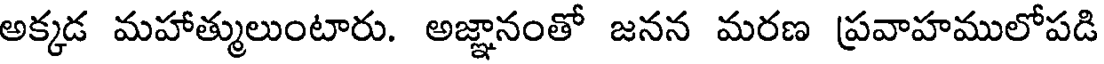
అక్కడ మహాత్ములుంటారు. అజ్ఞానంతో జనన మరణ ప్రవాహములోపడి